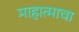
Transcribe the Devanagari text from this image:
माहात्माचा